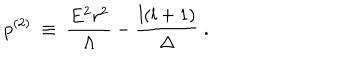
p ^ { ( 2 ) } ~ \equiv ~ \frac { E ^ { 2 } r ^ { 2 } } { \Lambda } - \frac { l ( l + 1 ) } { \Delta } ~ .